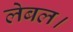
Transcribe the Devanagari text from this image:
लेबल।